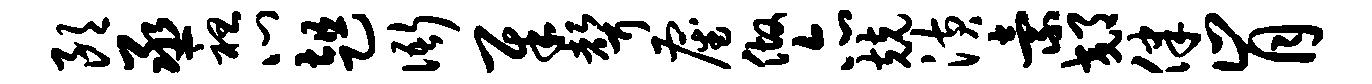
朗丞袒心趄衙犀声雇做亦兢潢索郊律肯